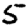
Digit: 5